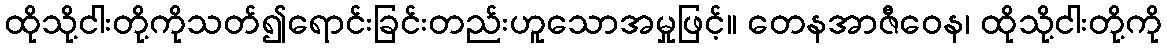
ထိုသို့ငါးတို့ကိုသတ်၍ရောင်းခြင်းတည်းဟူသောအမှုဖြင့်။ တေနအာဇီဝေန၊ ထိုသို့ငါးတို့ကို